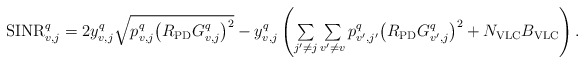
\begin{align*}\begin{array}{l}{\rm SINR}_{v,j}^q= 2y_{v,j}^q \sqrt{p_{v,j}^{q} {\left( {{R_{\rm{PD}}}{G_{v,j}^{q}}} \right)}^2} -y_{v,j}^q \left({\sum\limits_{j'\ne j} {\sum\limits_{v'\ne v} p_{v',j'}^{q} {\left( {{R_{\rm{PD}}}{G_{v',j}^{q}}} \right)}^2 } + N_{\rm VLC}B_{\rm VLC}} \right).\end{array}\end{align*}